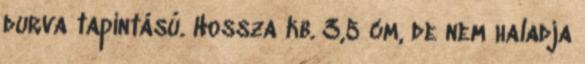
durva tapintású. Hossza kb. 3,5 cm, de nem haladja